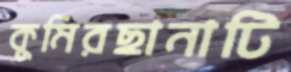
কুমিরছানাটি